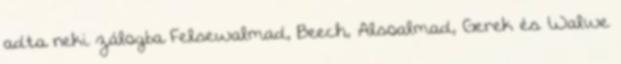
adta neki zálogba Felsewalmad, Beech, Alsoalmad, Gerek és Walwe